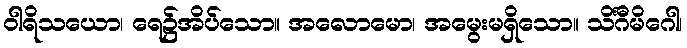
ဝါရိသယော၊ ရေ၌အိပ်သော။ အလောမော၊ အမွေးမရှိသော။ သိင်္ဂီမိဂေါ၊